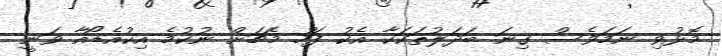
މޮޅުވި ނަމަވެސް ގިނަ ބަދަލުތަކަކާ އެކު ފަހު މެޗަށް ނުކުމެ އިކުއެޑޯއާ ވަނީ